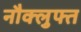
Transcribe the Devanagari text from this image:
नौक्लुफ्त